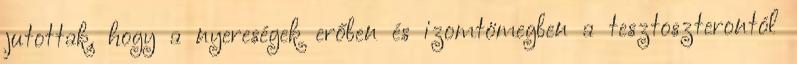
jutottak, hogy a nyereségek erőben és izomtömegben a tesztoszterontól